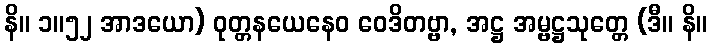
နိ။ ၁။၅၂ အာဒယော) ဝုတ္တနယေနေဝ ဝေဒိတဗ္ဗာ, အဋ္ဌ အမ္ဗဋ္ဌသုတ္တေ (ဒီ။ နိ။